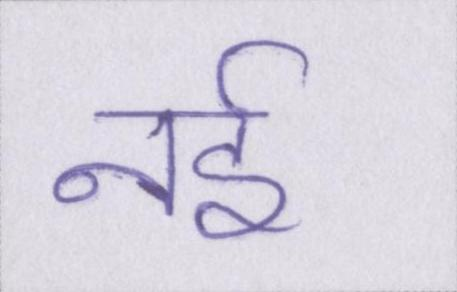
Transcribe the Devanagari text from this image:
नई